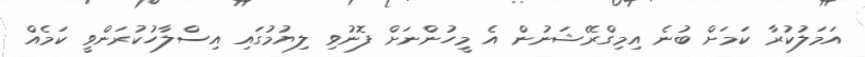
އަމަލުކުރާ ކަމަށް ބުނެ އިމިގްރޭޝަނުން އެ މީހުންނަށް ފޮނުވި ލިޔުމުގައި އިސްލާހުކުރަންވީ ކަމެއް